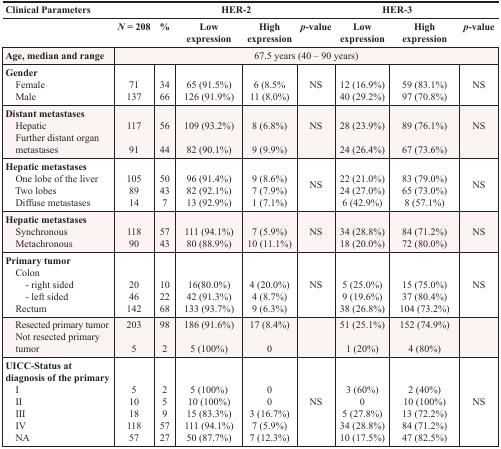
| Clinical Parameters | <COLSPAN=5> HER-2 | <COLSPAN=3> HER-3 |
 |  | N = 208 | % | Low expression | High expression | p-value | Low expression | High expression | p-value |
 | --- | --- | --- | --- | --- | --- | --- | --- | --- |
 | Age, median and range | <COLSPAN=8> 67.5 years (40 – 90 years) |
 | Gender Female Male | 71137 | 3466 | 65 (91.5%)126 (91.9%) | 6 (8.5%11 (8.0%) | NS | 12 (16.9%)40 (29.2%) | 59 (83.1%)97 (70.8%) | NS |
 | Distant metastases Hepatic Further distant organmetastases | 11791 | 5644 | 109 (93.2%)82 (90.1%) | 8 (6.8%)9 (9.9%) | NS | 28 (23.9%)24 (26.4%) | 89 (76.1%)67 (73.6%) | NS |
 | Hepatic metastases One lobe of the liver Two lobes Diffuse metastases | 1058914 | 50437 | 96 (91.4%)82 (92.1%)13 (92.9%) | 9 (8.6%)7 (7.9%)1 (7.1%) | NS | 22 (21.0%)24 (27.0%)6 (42.9%) | 83 (79.0%)65 (73.0%)8 (57.1%) | NS |
 | Hepatic metastases Synchronous Metachronous | 11890 | 5743 | 111 (94.1%)80 (88.9%) | 7 (5.9%)10 (11.1%) | NS | 34 (28.8%)18 (20.0%) | 84 (71.2%)72 (80.0%) | NS |
 | Primary tumor Colon- right sided- left sided Rectum | 2046142 | 102268 | 16(80.0%)42 (91.3%)133 (93.7%) | 4 (20.0%)4 (8.7%)9 (6.3%) | NS | 5 (25.0%)9 (19.6%)38 (26.8%) | 15 (75.0%)37 (80.4%)104 (73.2%) | NS |
 | Resected primary tumor Not resected primary tumor | 2035 | 982 | 186 (91.6%)5 (100%) | 17 (8.4%)0 |  | 51 (25.1%)1 (20%) | 152 (74.9%)4 (80%) |  |
 | UICC-Status at diagnosis of the primary I II III IV NA | 5101811857 | 2595727 | 5 (100%)10 (100%)15 (83.3%)111 (94.1%)50 (87.7%) | 003 (16.7%)7 (5.9%)7 (12.3%) | NS | 3 (60%)05 (27.8%)34 (28.8%)10 (17.5%) | 2 (40%)10 (100%)13 (72.2%)84 (71.2%)47 (82.5%) | NS |